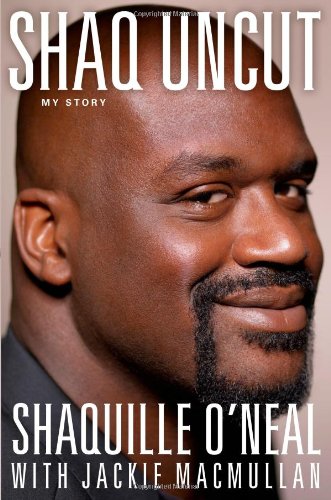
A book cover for Shaq Uncut: My Story; Shaquille O'Neal; Biographies & Memoirs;